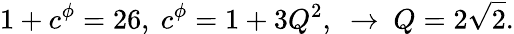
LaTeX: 1+c^{\phi}=26,~c^{\phi}=1+3Q^{2},~\to~Q=2\sqrt{2}.